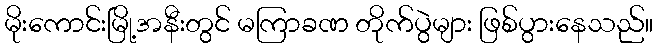
မိုးကောင်းမြို့အနီးတွင် မကြာခဏ တိုက်ပွဲများ ဖြစ်ပွားနေသည်။